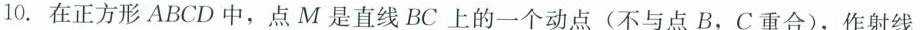
10. 在正方形ABCD中，点M是直线BC上的一个动点(不与点B，C重合)，作射线